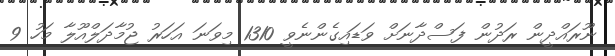
ނޫރައްދީން ރަދުން ފަސްދާނަށް ވަޑައިގެންނެވީ 1310 މިވަނަ އަހަރު ޖުމާދަލްއޫލާ މަހު 9